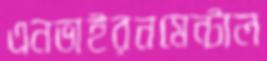
এনভাইরনমেন্টাল